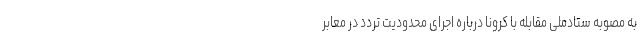
به مصوبه ستادملی مقابله با کرونا درباره اجرای محدودیت تردد در معابر